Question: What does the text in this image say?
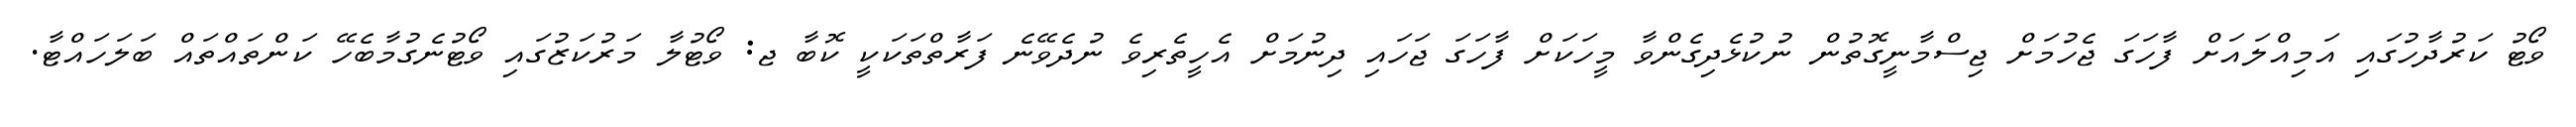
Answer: ވޯޓު ކަރުދާހުގައި އަމިއްލައަށް ފާހަގަ ޖެހުމަށް ޖިސްމާނީގޮތުން ނުކުޅެދިގެންވާ މީހަކަށް ފާހަގަ ޖަހައި ދިނުމަށް އެހީތެރިވެ ނުދެވޭނެ ފަރާތްތަކަކީ ކޮބާ ޖ: ވޯޓުލާ މަރުކަޒުގައި ވޯޓުނެގުމާބެހޭ ކަންތައްތައް ބަލަހައްޓާ.